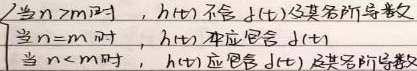
当\(n > m\)时，\(h(t)\) 不含 \(d(t)\) 及其各阶导数
当\(n = m\)时，\(h(t)\) 中应包含 \(d(t)\)
当\(n < m\)时，\(h(t)\) 应包含 \(d(t)\) 及其各阶导数